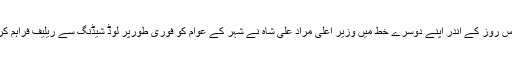
وزیر اعظم کو دس روز کے اندر اپنے دوسرے خط میں وزیر اعلیٰ مراد علی شاہ نے شہر کے عوام کو فوری طورپر لوڈ شیڈنگ سے ریلیف فراہم کرنے پر زور دیا۔